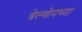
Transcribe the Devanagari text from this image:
बेल्शेनच्या